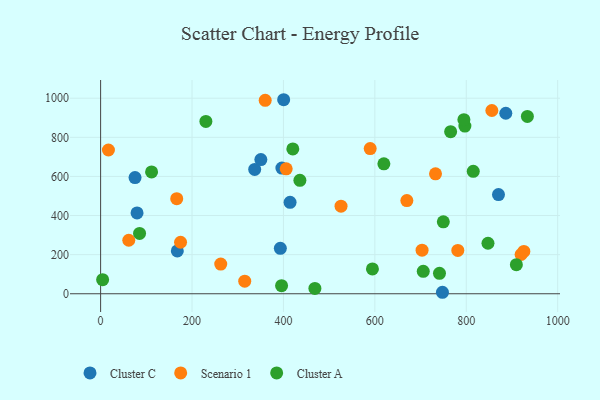
{"axis": {"x": "Distance", "y": "Rating"}, "legend": ["Cluster A", "Cluster C", "Scenario 1"], "data": [{"x": "337.1", "y": 635.5, "type": "Cluster C"}, {"x": "79.7", "y": 413.3, "type": "Cluster C"}, {"x": "414.5", "y": 467.5, "type": "Cluster C"}, {"x": "870.5", "y": 507.0, "type": "Cluster C"}, {"x": "350.6", "y": 686.1, "type": "Cluster C"}, {"x": "396.6", "y": 642.5, "type": "Cluster C"}, {"x": "75.3", "y": 594.3, "type": "Cluster C"}, {"x": "747.9", "y": 7.6, "type": "Cluster C"}, {"x": "393.2", "y": 232.3, "type": "Cluster C"}, {"x": "167.8", "y": 218.9, "type": "Cluster C"}, {"x": "400.5", "y": 992.1, "type": "Cluster C"}, {"x": "886.5", "y": 922.9, "type": "Cluster C"}, {"x": "315.3", "y": 64.1, "type": "Scenario 1"}, {"x": "166.5", "y": 486.3, "type": "Scenario 1"}, {"x": "703.3", "y": 222.8, "type": "Scenario 1"}, {"x": "856.0", "y": 937.0, "type": "Scenario 1"}, {"x": "526.0", "y": 447.9, "type": "Scenario 1"}, {"x": "262.8", "y": 152.0, "type": "Scenario 1"}, {"x": "670.0", "y": 476.5, "type": "Scenario 1"}, {"x": "406.0", "y": 638.6, "type": "Scenario 1"}, {"x": "61.6", "y": 273.6, "type": "Scenario 1"}, {"x": "781.5", "y": 221.4, "type": "Scenario 1"}, {"x": "589.8", "y": 742.4, "type": "Scenario 1"}, {"x": "920.0", "y": 200.8, "type": "Scenario 1"}, {"x": "17.1", "y": 735.0, "type": "Scenario 1"}, {"x": "926.0", "y": 216.3, "type": "Scenario 1"}, {"x": "360.1", "y": 988.9, "type": "Scenario 1"}, {"x": "174.9", "y": 263.3, "type": "Scenario 1"}, {"x": "732.7", "y": 613.1, "type": "Scenario 1"}, {"x": "468.8", "y": 27.5, "type": "Cluster A"}, {"x": "420.5", "y": 740.7, "type": "Cluster A"}, {"x": "230.3", "y": 881.0, "type": "Cluster A"}, {"x": "933.7", "y": 906.9, "type": "Cluster A"}, {"x": "797.0", "y": 857.3, "type": "Cluster A"}, {"x": "749.8", "y": 367.7, "type": "Cluster A"}, {"x": "815.3", "y": 625.8, "type": "Cluster A"}, {"x": "436.0", "y": 579.9, "type": "Cluster A"}, {"x": "847.5", "y": 258.3, "type": "Cluster A"}, {"x": "619.7", "y": 664.6, "type": "Cluster A"}, {"x": "909.6", "y": 148.9, "type": "Cluster A"}, {"x": "705.9", "y": 114.7, "type": "Cluster A"}, {"x": "111.5", "y": 622.8, "type": "Cluster A"}, {"x": "4.4", "y": 72.0, "type": "Cluster A"}, {"x": "794.8", "y": 890.2, "type": "Cluster A"}, {"x": "85.2", "y": 308.4, "type": "Cluster A"}, {"x": "765.8", "y": 828.8, "type": "Cluster A"}, {"x": "741.4", "y": 104.3, "type": "Cluster A"}, {"x": "395.9", "y": 41.6, "type": "Cluster A"}, {"x": "594.7", "y": 127.0, "type": "Cluster A"}]}